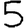
Digit: 5